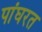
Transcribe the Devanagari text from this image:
पांघरत